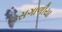
સગાળીયા